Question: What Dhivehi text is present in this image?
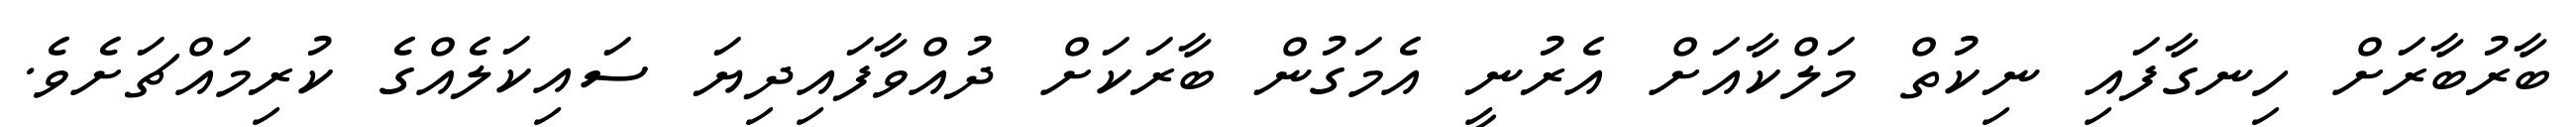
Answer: ބާރުބާރަށް ހިނގާފައި ނިކުތް މަލްކާއަށް އެރުނީ އެމަގުން ބާރަކަށް ދުއްވާފައިދިޔަ ސައިކަލެއްގެ ކުރިމައްޗަށެވެ.